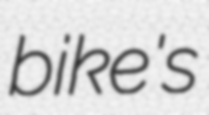
bike's